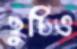
ছুটিও